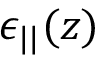
\epsilon _ { | | } ( z )